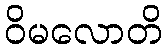
ဝိမလောတိ